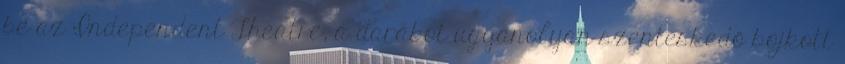
be az Independent Theatre, a darabot ugyanolyan szenteskedő bojkott